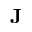
\mathbf { J }